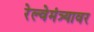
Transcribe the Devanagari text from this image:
रेल्वेमंत्र्यावर